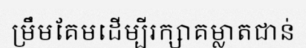
ម្រឹមគែមដើម្បីរក្សាគម្លាតជាន់